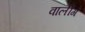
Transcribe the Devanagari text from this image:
वालीगं